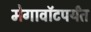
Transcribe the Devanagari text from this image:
मेगावॉटपर्यंत